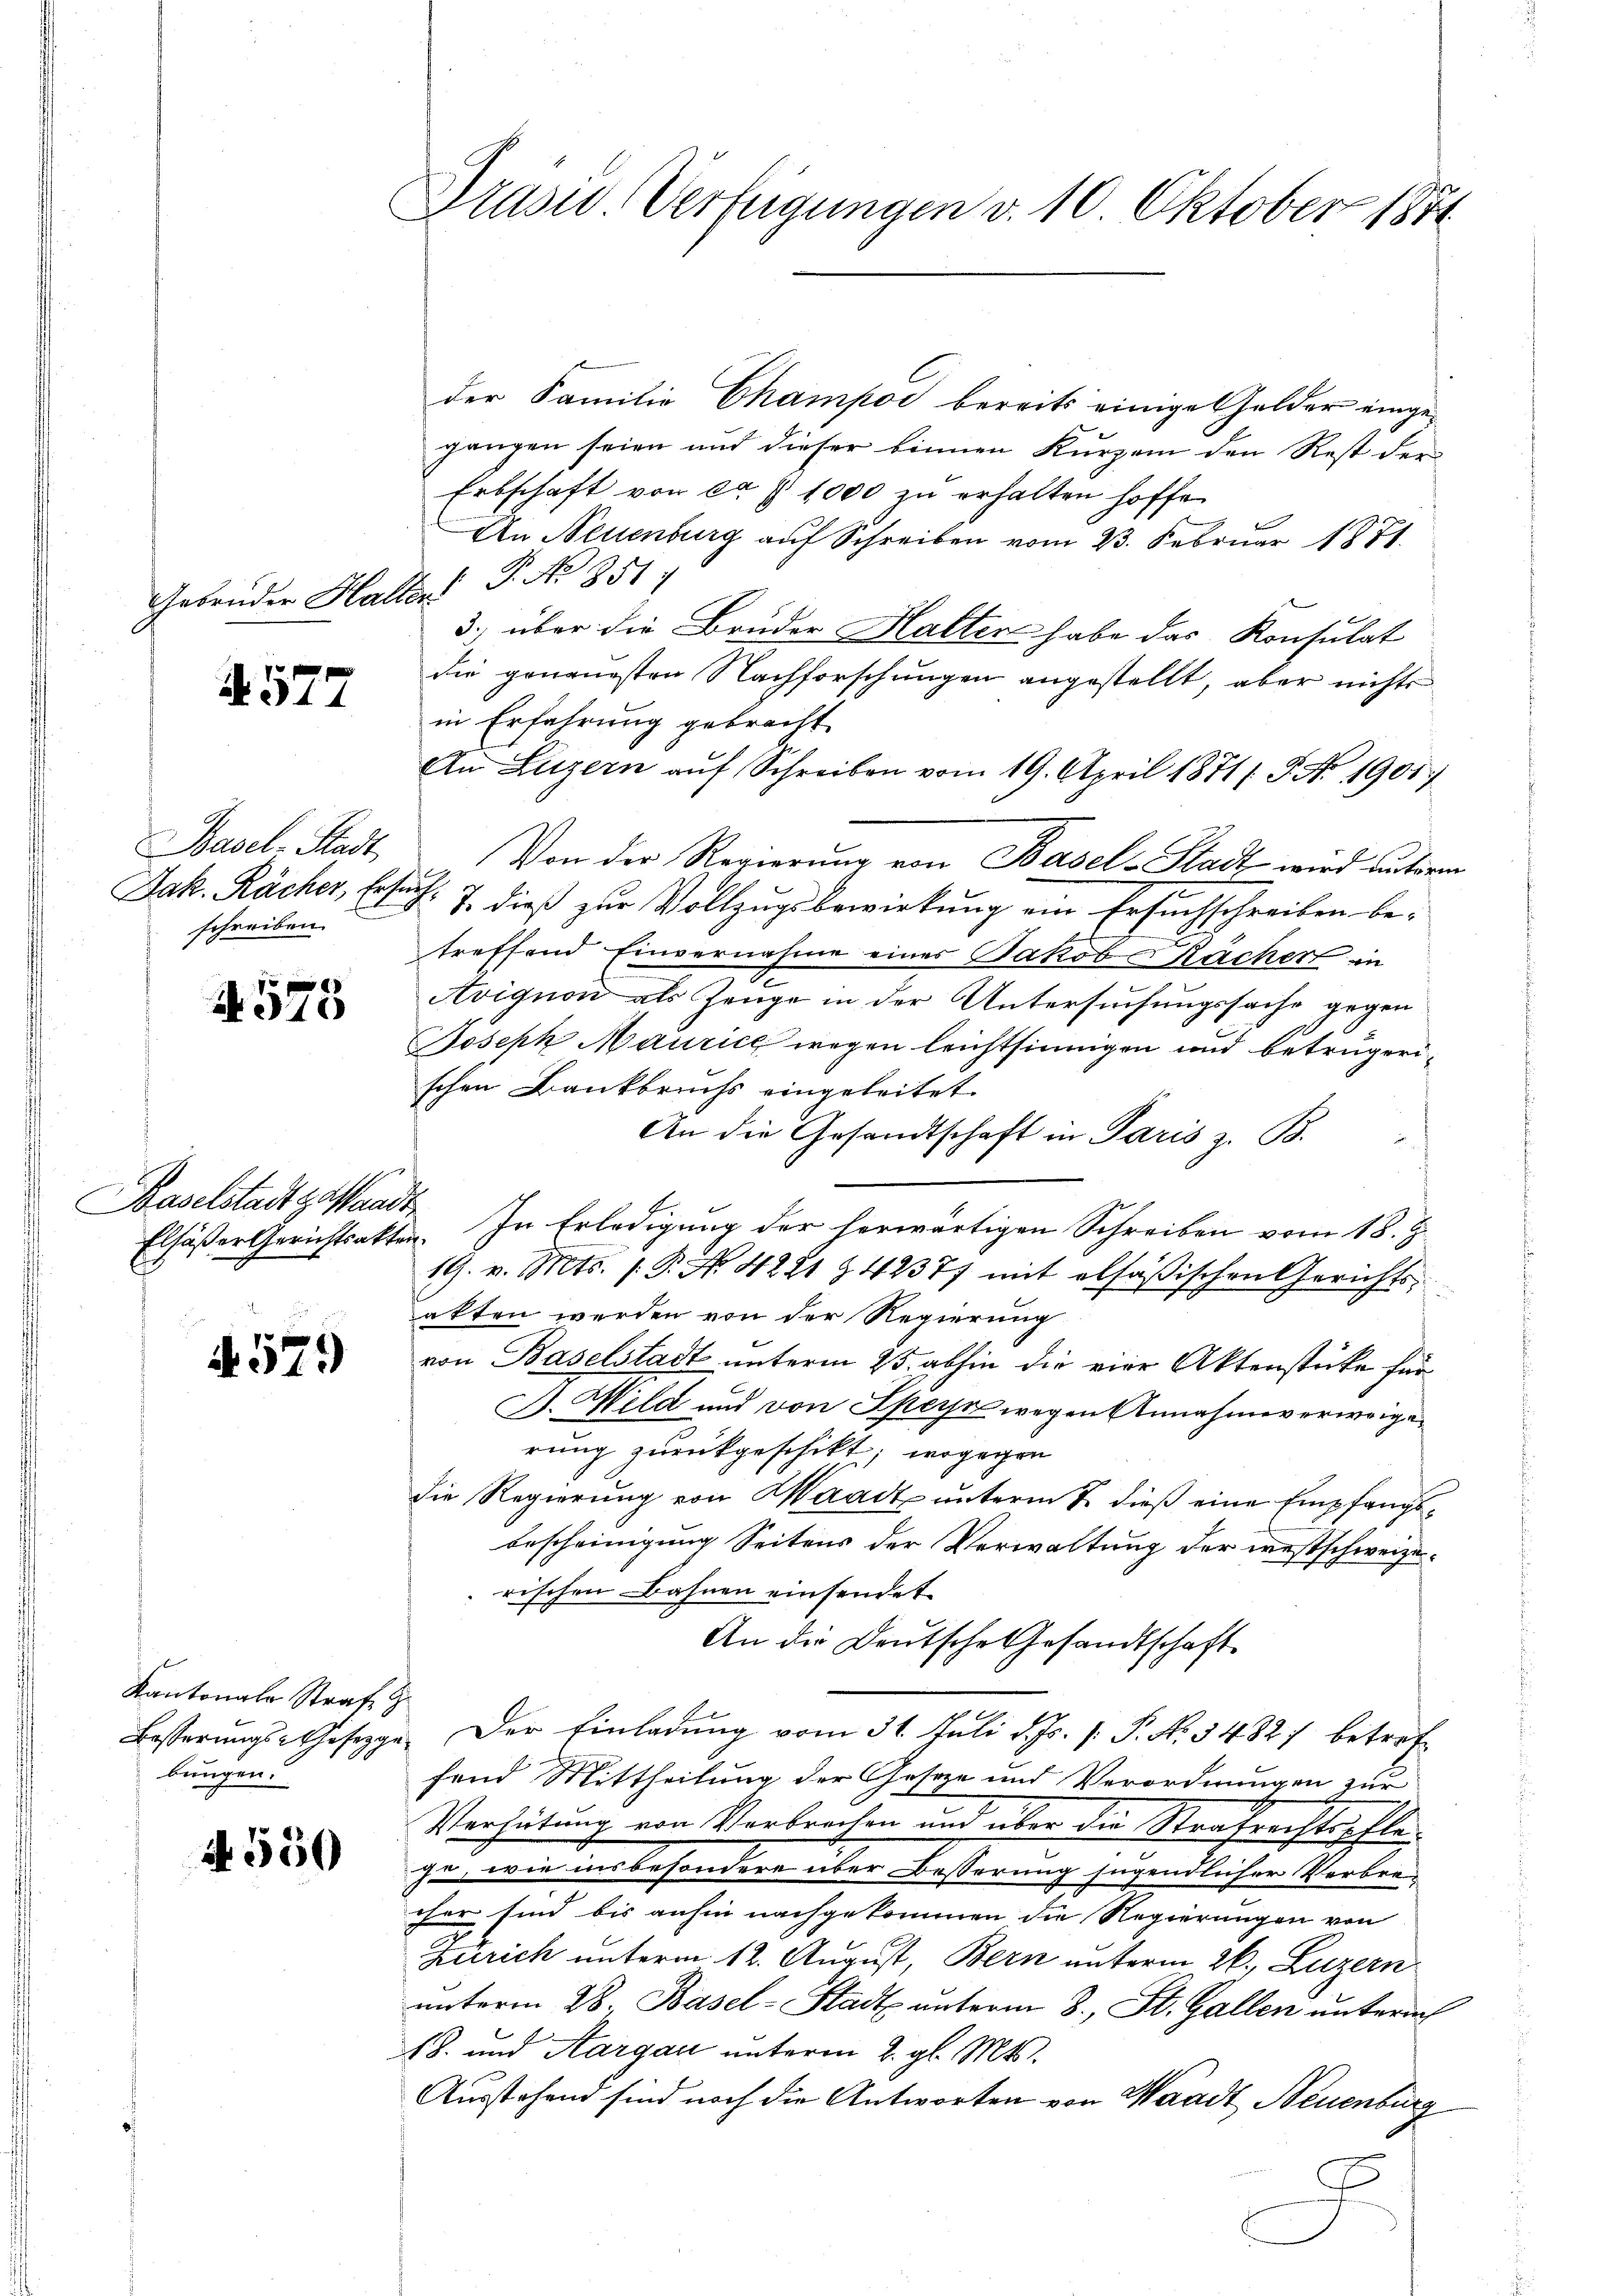
Gebrüder Halte.

e
10

Baselstadt gestanden

529

Kantonale Strafe z
Besserungs-Gesetzgebungen.

N. 577

Basel-Stadt
Jak. Rächer, Erst
schreiben.

A. 550

Brasid. Verfügungen v. 10. Oktober 1874

G

der Familie Champoi bereits einige Gelder eingegangen seien und dieser binnen Kurzem den Rest der
Erbschaft von ca 1000 zu erhalten hoffe
An Neuenburg auf Schreiben vom 23. Februar 1871.
2 P. No 851.
3) über die Bruder Halter habe das Konsulat
die genauesten Nachforschungen angestellt, aber nichts
in Erfahrung gebracht
An Luzern aŭf Schreiben vom 19. April 1871/. P. No 1901)
Von der Regierung von Basel-Stadt wird unterm
d. J. dieß zur Vollzugsbewirkung ein Ersuchschreiben betreffend Einvernahme eines Jakob Rächer in
Avignon als Zeuge in der Untersuchungssache gegen
Joseph Maurice wegen leichtsinnigen und betrügerischen Bankbruchs eingeleitet.
An die Gesandtschaft in Paris z. B.
19. v. Mts. 1. P. Nr. 4281 § 42377 mit alsäßischen Gerichts-
akten werden von der Regierung
von Baselstadt unterm 25. abhin die vier Aktenstücke für
B. Wild und von Speise wegen Annahmeverweige
rung zurückgeschikt; wogegen
die Regierung von Waadt unterm 2. dieß eine Empfangsbescheinigung Seitens der Verwaltung der westschweizerischen Bahnen einsendet
An die Deutsche Gesandtschaft
Der Einladung vom 31. Juli d. Js. v. P. Nr. 54827 betreffand Mittheilung der Gesetze und Verordnungen zur
Verhütung von Verbrechen und über die Strafrechtspflege, wie insbesondere über Besserung jugendlicher Verbrei-
oher sind bis anhin nachgekommen die Regierungen von
Zürich unterm 12. August, Bern unterm 26., Luzern
unterm 28. Basel-Stadt unterm 8. St. Gallen unterm
18. und Aargau unterm 2. gl. Mts.
Ausstehend sind noch die Antworten von Waadt, Neuenburg

Elfäßer Gerichtsakten. In Erledigung der herwärtigen Schreiben vom 18. J